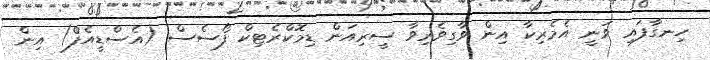
ހިނގާފައި ވަނީ އެމެރިކާ އިން ވާގިވެރިވާ ސީރިއަން ޑިމޮކްރެޓިކް ފޯސެސް (އެސްޑީއެފް) އިން